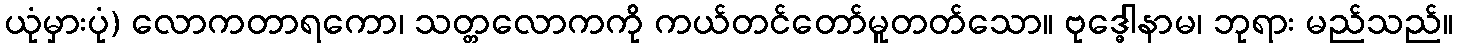
ယုံမှားပုံ) လောကတာရကော၊ သတ္တလောကကို ကယ်တင်တော်မူတတ်သော။ ဗုဒ္ဓေါနာမ၊ ဘုရား မည်သည်။